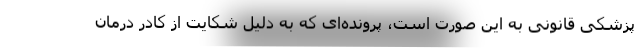
پزشکی قانونی به این صورت است، پرونده‌ای که به دلیل شکایت از کادر درمان